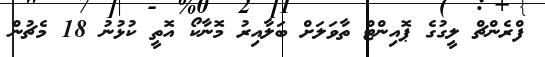
ފްރެންޗް ލީގުގެ ޕޮއިންޓް ތާވަލަށް ބަލާއިރު މޮނާކޯ އޮތީ ކުޅުނު 18 މެޗުން